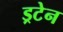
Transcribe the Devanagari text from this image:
ड्रटेन